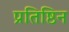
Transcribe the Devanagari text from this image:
प्रतिष्ठिन